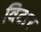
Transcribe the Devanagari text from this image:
विटार